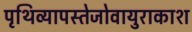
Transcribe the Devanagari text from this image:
पृथिव्यापस्तेजोवायुराकाश